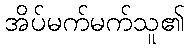
အိပ်မက်မက်သူ၏